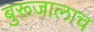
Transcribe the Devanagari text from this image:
बुरूजालाच